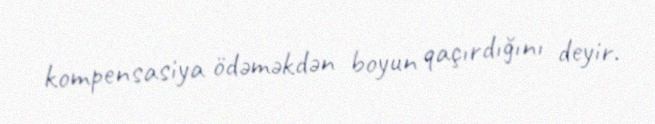
kompensasiya ödəməkdən boyun qaçırdığını deyir.